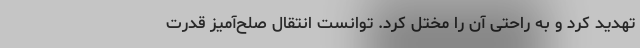
تهدید کرد و به راحتی آن را مختل کرد. ‌توانست انتقال صلح‌آمیز قدرت